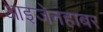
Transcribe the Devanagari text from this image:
आइजेनहाबर